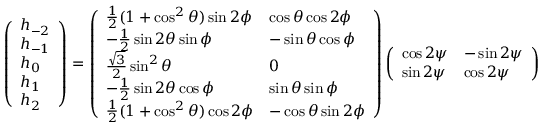
\left( \begin{array} { l } { h _ { - 2 } } \\ { h _ { - 1 } } \\ { h _ { 0 } } \\ { h _ { 1 } } \\ { h _ { 2 } } \end{array} \right) = \left( \begin{array} { l l } { \frac 1 2 ( 1 + \cos ^ { 2 } \theta ) \sin 2 \phi } & { \cos \theta \cos 2 \phi } \\ { - \frac 1 2 \sin 2 \theta \sin \phi } & { - \sin \theta \cos \phi } \\ { \frac { \sqrt { 3 } } { 2 } \sin ^ { 2 } \theta } & { 0 } \\ { - \frac 1 2 \sin 2 \theta \cos \phi } & { \sin \theta \sin \phi } \\ { \frac 1 2 ( 1 + \cos ^ { 2 } \theta ) \cos 2 \phi } & { - \cos \theta \sin 2 \phi } \end{array} \right) \left( \begin{array} { l l } { \cos 2 \psi } & { - \sin 2 \psi } \\ { \sin 2 \psi } & { \cos 2 \psi } \end{array} \right) \left( \begin{array} { l } { h _ { + } } \\ { h _ { \times } } \end{array} \right) .